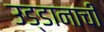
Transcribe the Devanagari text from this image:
उड्डानाची